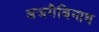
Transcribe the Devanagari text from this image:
अजगैबिनाथ